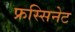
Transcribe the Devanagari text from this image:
फ्रस्सिनेट